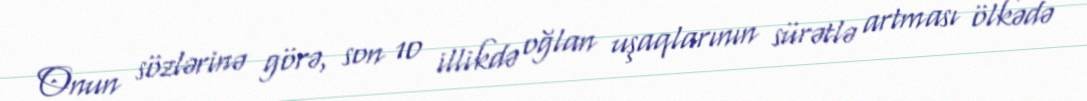
Onun sözlərinə görə, son 10 illikdə oğlan uşaqlarının sürətlə artması ölkədə